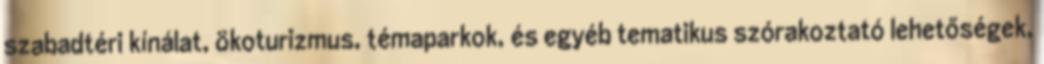
szabadtéri kínálat, ökoturizmus, témaparkok, és egyéb tematikus szórakoztató lehetőségek,